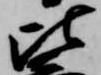
比